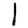
Digit: 1